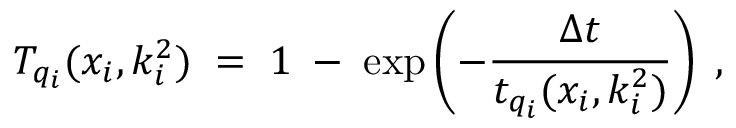
T _ { q _ { i } } ( x _ { i } , k _ { i } ^ { 2 } ) \; = \; 1 \; - \; \exp \left( - \frac { \Delta t } { t _ { q _ { i } } ( x _ { i } , k _ { i } ^ { 2 } ) } \right) \; ,